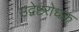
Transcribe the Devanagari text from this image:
उद्वेष्टरोधक